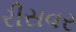
રીસવર